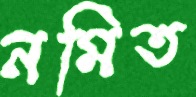
নমিত